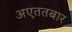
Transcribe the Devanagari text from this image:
अएततबार